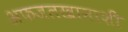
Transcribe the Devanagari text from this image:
अफजलखानाशी